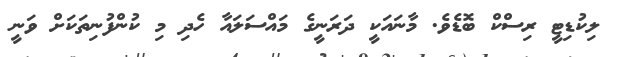
ލިކުޑިޓީ ރިސްކް ބޮޑެވެ. މާނައަކީ ދަރަނީގެ މައްސަލައާ ހެދި މި ކުންފުނިތަކަށް ވަނީ